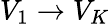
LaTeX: V_{1}\to V_{K}